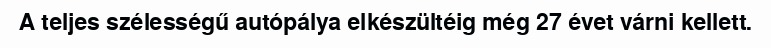
A teljes szélességű autópálya elkészültéig még 27 évet várni kellett.